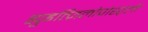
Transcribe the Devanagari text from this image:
ह्युइत्ज़िलोपोश्ट्ली